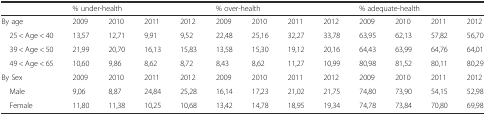
<table><thead><tr><td></td><td colspan="4"><b>% under-health</b></td><td colspan="4"><b>% over-health</b></td><td colspan="4"><b>% adequate-health</b></td></tr></thead><tbody><tr><td>By age</td><td>2009</td><td>2010</td><td>2011</td><td>2012</td><td>2009</td><td>2010</td><td>2011</td><td>2012</td><td>2009</td><td>2010</td><td>2011</td><td>2012</td></tr><tr><td> 25 &lt; Age &lt; 40</td><td>13,57</td><td>12,71</td><td>9,91</td><td>9,52</td><td>22,48</td><td>25,16</td><td>32,27</td><td>33,78</td><td>63,95</td><td>62,13</td><td>57,82</td><td>56,70</td></tr><tr><td> 39 &lt; Age &lt; 50</td><td>21,99</td><td>20,70</td><td>16,13</td><td>15,83</td><td>13,58</td><td>15,30</td><td>19,12</td><td>20,16</td><td>64,43</td><td>63,99</td><td>64,76</td><td>64,01</td></tr><tr><td> 49 &lt; Age &lt; 65</td><td>10,60</td><td>9,86</td><td>8,62</td><td>8,72</td><td>8,43</td><td>8,62</td><td>11,27</td><td>10,99</td><td>80,98</td><td>81,52</td><td>80,11</td><td>80,29</td></tr><tr><td>By Sex</td><td>2009</td><td>2010</td><td>2011</td><td>2012</td><td>2009</td><td>2010</td><td>2011</td><td>2012</td><td>2009</td><td>2010</td><td>2011</td><td>2012</td></tr><tr><td> Male</td><td>9,06</td><td>8,87</td><td>24,84</td><td>25,28</td><td>16,14</td><td>17,23</td><td>21,02</td><td>21,75</td><td>74,80</td><td>73,90</td><td>54,15</td><td>52,98</td></tr><tr><td> Female</td><td>11,80</td><td>11,38</td><td>10,25</td><td>10,68</td><td>13,42</td><td>14,78</td><td>18,95</td><td>19,34</td><td>74,78</td><td>73,84</td><td>70,80</td><td>69,98</td></tr></tbody></table>